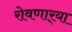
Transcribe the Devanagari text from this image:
रोवणार्‍या